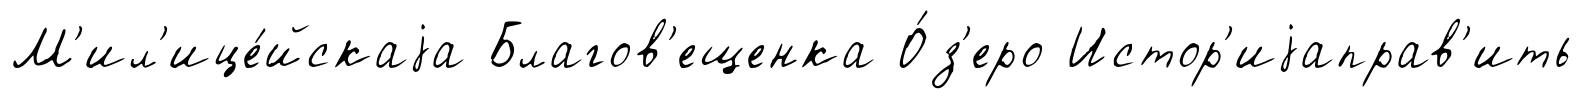
М'ил'ице́йскаjа Благов'ещенка О́з'еро Истор'иjаправ'ить